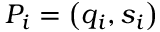
P _ { i } = \left( q _ { i } , s _ { i } \right)